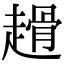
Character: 𧽌